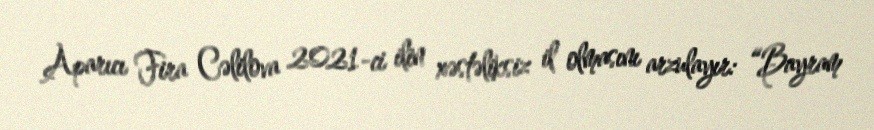
Aparıcı Fira Cəlilova 2021-ci ilin xəstəliksiz il olmasını arzulayır: “Bayram